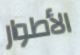
الأطوار